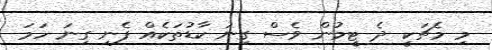
މި މެޗަކީ ދެ ޓީމުން ވެސް ގިނަ ކާޑުތަކެއް ފެނި ގިނަ ހަމަ